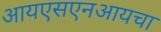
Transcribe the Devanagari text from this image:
आयएसएनआयचा